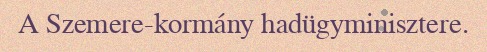
A Szemere-kormány hadügyminisztere.